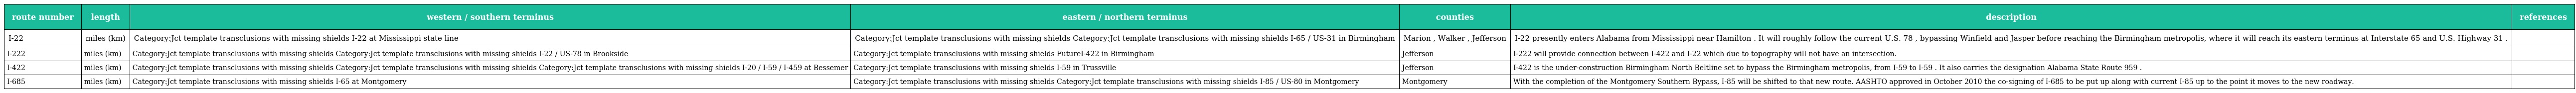
| route number | length | western / southern terminus | eastern / northern terminus | counties | description | references |
 | --- | --- | --- | --- | --- | --- | --- |
 | I-22 | miles (km) | Category:Jct template transclusions with missing shields I-22 at Mississippi state line | Category:Jct template transclusions with missing shields Category:Jct template transclusions with missing shields I-65 / US-31 in Birmingham | Marion , Walker , Jefferson | I-22 presently enters Alabama from Mississippi near Hamilton . It will roughly follow the current U.S. 78 , bypassing Winfield and Jasper before reaching the Birmingham metropolis, where it will reach its eastern terminus at Interstate 65 and U.S. Highway 31 . |  |
 | I-222 | miles (km) | Category:Jct template transclusions with missing shields Category:Jct template transclusions with missing shields I-22 / US-78 in Brookside | Category:Jct template transclusions with missing shields FutureI-422 in Birmingham | Jefferson | I-222 will provide connection between I-422 and I-22 which due to topography will not have an intersection. |  |
 | I-422 | miles (km) | Category:Jct template transclusions with missing shields Category:Jct template transclusions with missing shields Category:Jct template transclusions with missing shields I-20 / I-59 / I-459 at Bessemer | Category:Jct template transclusions with missing shields I-59 in Trussville | Jefferson | I-422 is the under-construction Birmingham North Beltline set to bypass the Birmingham metropolis, from I-59 to I-59 . It also carries the designation Alabama State Route 959 . |  |
 | I-685 | miles (km) | Category:Jct template transclusions with missing shields I-65 at Montgomery | Category:Jct template transclusions with missing shields Category:Jct template transclusions with missing shields I-85 / US-80 in Montgomery | Montgomery | With the completion of the Montgomery Southern Bypass, I-85 will be shifted to that new route. AASHTO approved in October 2010 the co-signing of I-685 to be put up along with current I-85 up to the point it moves to the new roadway. |  |